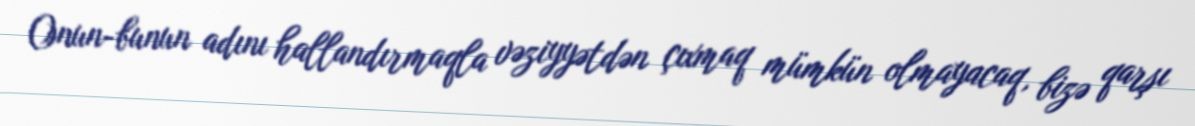
Onun-bunun adını hallandırmaqla vəziyyətdən çıxmaq mümkün olmayacaq, bizə qarşı